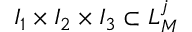
I _ { 1 } \times I _ { 2 } \times I _ { 3 } \subset L _ { M } ^ { j }